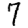
Digit: 7